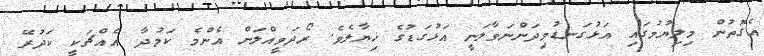
އެގޮތުން މިލިޔުމުގައި އަޅުގަނޑުމިދަންނަވާލަނީ އަޅުގަޑުގެ ޚިޔާލެވެ. ރޯދަވީއްލަން އެންމެ ކަމުދާ އެއްޗަކީ ކަދުރޭ